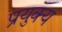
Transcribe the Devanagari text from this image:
प्रयुक्य